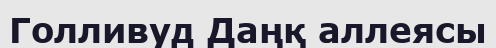
Голливуд Даңқ аллеясы